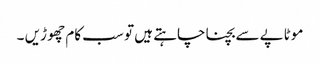
موٹاپے سے بچنا چاہتے ہیں تو سب کام چھو ڑیں ۔